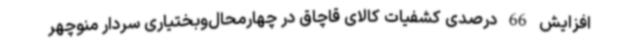
افزایش 66 درصدی کشفیات کالای قاچاق در چهارمحال‌وبختیاری سردار منوچهر